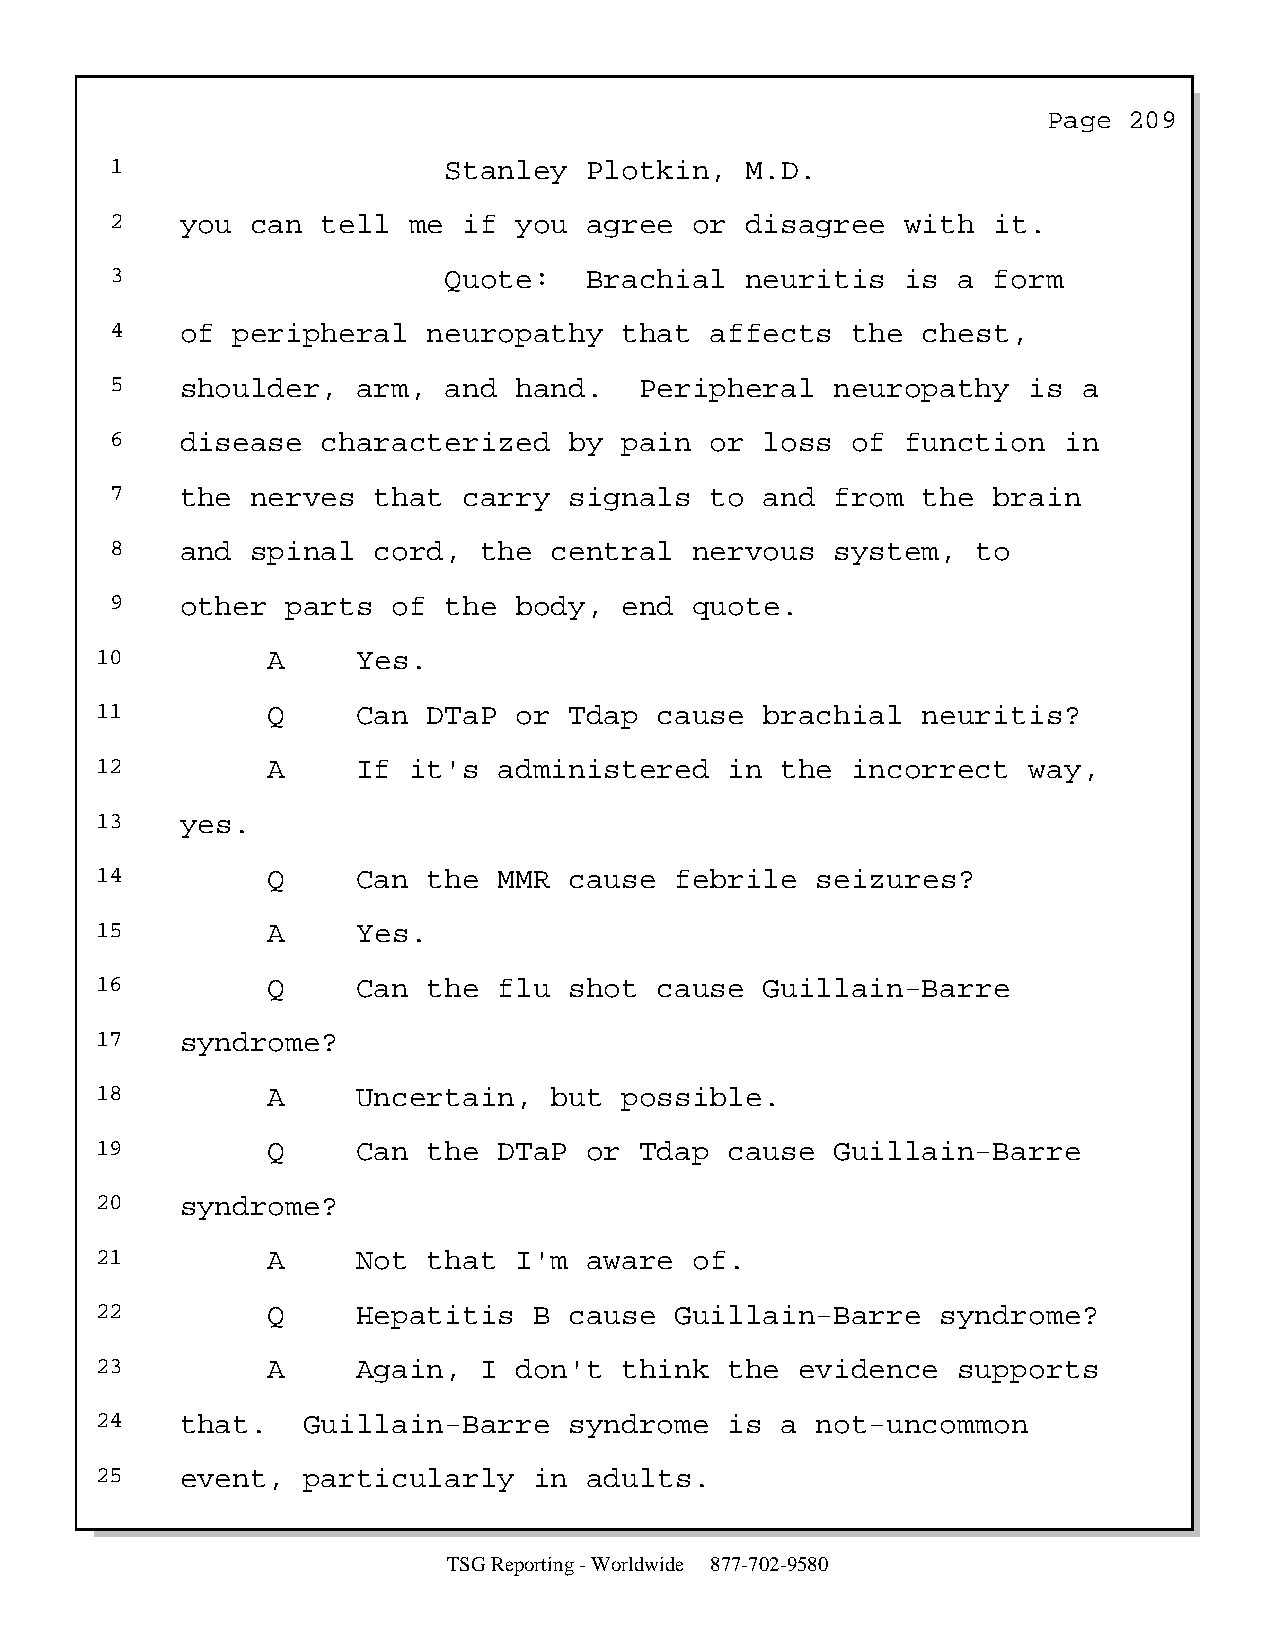
Page  209
 1                     Stanley   Plotkin,  M.D.
 2    you  can tell  me  if you  agree  or disagree   with  it.
 3                     Quote:    Brachial  neuritis   is a  form
 4    of peripheral   neuropathy   that  affects  the  chest,
 5    shoulder,   arm, and  hand.   Peripheral   neuropathy   is  a
 6    disease  characterized    by pain  or  loss of  function  in
 7    the  nerves  that  carry  signals  to  and from  the  brain
 8    and  spinal  cord,  the central   nervous  system,   to
 9    other  parts  of the  body,  end  quote.
 10          A     Yes.
 11          Q     Can DTaP  or  Tdap  cause  brachial  neuritis?
 12          A     If it's  administered   in  the incorrect   way,
 13    yes.
 14          Q     Can the  MMR  cause  febrile  seizures?
 15          A     Yes.
 16          Q     Can the  flu  shot  cause  Guillain-Barre
 17    syndrome?
 18          A     Uncertain,  but  possible.
 19          Q     Can the  DTaP  or Tdap  cause  Guillain-Barre
 20    syndrome?
 21          A     Not that  I'm  aware  of.
 22          Q     Hepatitis  B  cause  Guillain-Barre   syndrome?
 23          A     Again,  I don't  think  the  evidence  supports
 24    that.   Guillain-Barre    syndrome  is  a not-uncommon
 25    event,  particularly   in  adults.
 TSG Reporting - Worldwide 877-702-9580